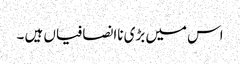
اس میں بڑی ناانصافیاں ہیں ۔